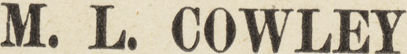
M. L. COWLEY